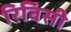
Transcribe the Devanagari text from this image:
रिबिसी